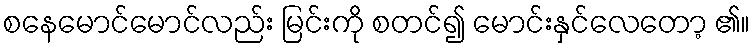
စနေမောင်မောင်လည်း မြင်းကို စတင်၍ မောင်းနှင်လေတော့ ၏။